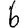
Digit: 6